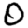
Digit: 0